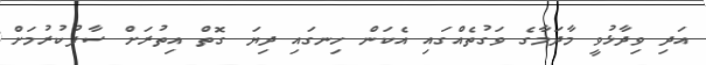
އަދި ވިދާޅުވީ މާދަމާގެ ވަގުތެއްގައި އެކަން ހިނގައި ދިޔަ ގޮތް އިތުރަށް ސާފުކުރުމަށް